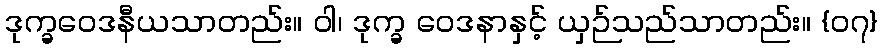
ဒုက္ခဝေဒနီယသာတည်း။ ဝါ၊ ဒုက္ခ ဝေဒနာနှင့် ယှဉ်သည်သာတည်း။ {၀၇}